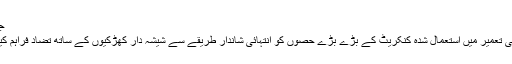
جدید تضاد
اس گھرکی تعمیر میں استعمال شدہ کنکریٹ کے بڑے بڑے حصوں کو انتہائی شاندار طریقے سے شیشہ دار کھڑکیوں کے ساتھ تضاد فراہم کیا گیا ہے۔